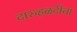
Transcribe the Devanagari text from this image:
दारुहळदीचा